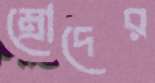
ম্রোদের